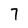
Character: 7